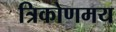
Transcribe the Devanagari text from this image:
त्रिकोणमय